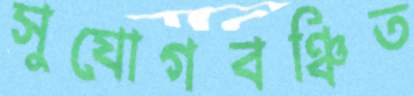
সুযোগবঞ্চিত